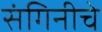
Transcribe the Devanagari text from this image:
संगिनीचे